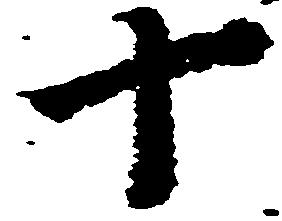
十